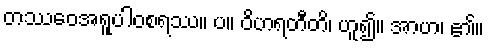
တဿေဝအရူပါဝစရဿ။ ပ။ ဝိဟရတီတိ၊ ဟူ၍။ အာဟ၊ ၏။